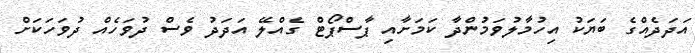
އަދަދެއްގެ ބަޔަކު އިހުމާލުވަމުންދާ ކަމަށާއި ޕާސްޕޯޓް ގެއްލޭ އަދަދު ވެސް ދުވަހެއް ދުވަހަކަށް